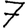
Digit: 7